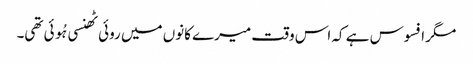
مگر افسوس ہے کہ اس وقت میرے کانوں میں روئی ٹھنسی ہُوئی تھی۔